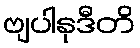
ဗျပါနုဒီတိ